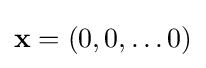
\mathbf {x} =(0,0,\dots 0)